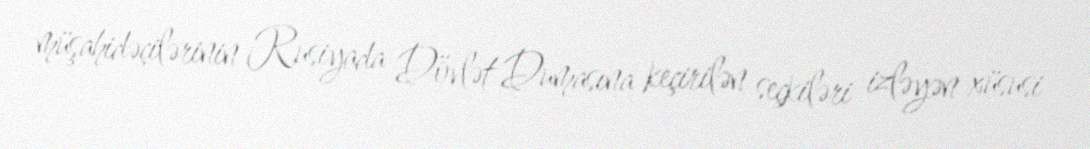
müşahidəçilərinin Rusiyada Dövlət Dumasına keçirilən seçkiləri izləyən xüsusi